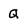
Character: q